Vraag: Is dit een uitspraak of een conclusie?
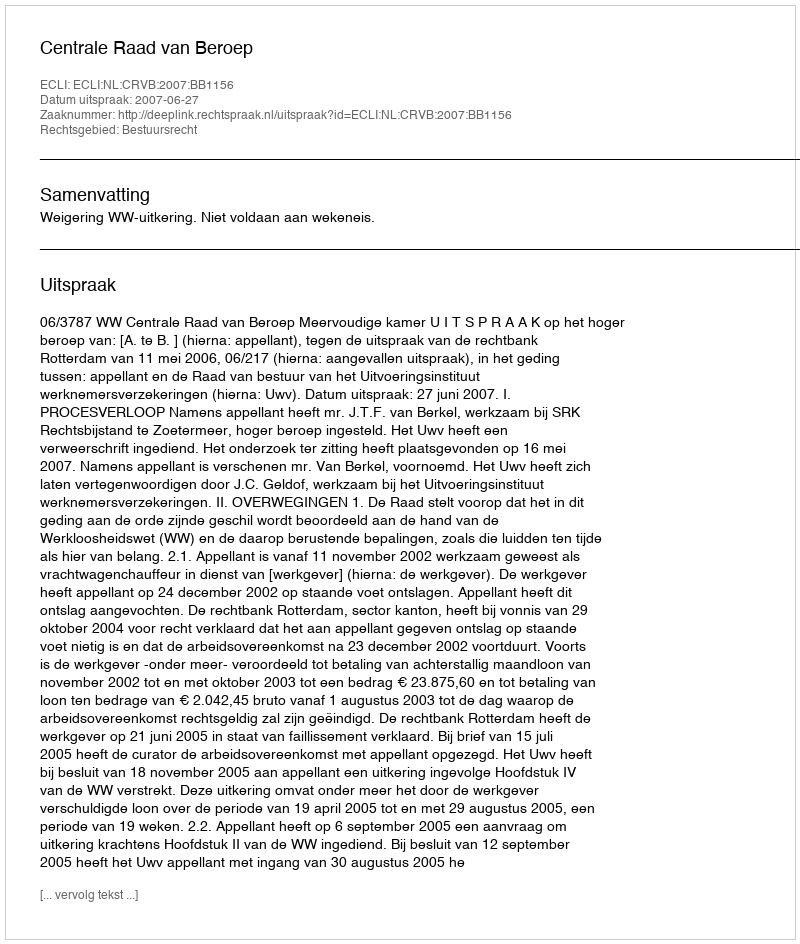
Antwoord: Uitspraak